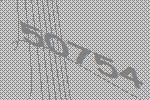
50754